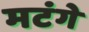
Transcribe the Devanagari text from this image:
मटंगे